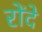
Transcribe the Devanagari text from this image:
रोंदे